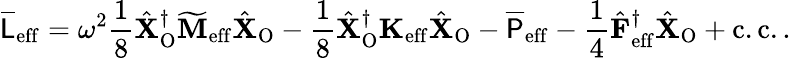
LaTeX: \overline{{\mathsf{L}}}_{\mathrm{eff}}=\omega^{2}\frac{1}{8}\hat{\mathbf{X}}_{\mathrm{O}}^{\dagger}\mathbf{\widetilde{M}}_{\mathrm{eff}}\hat{\mathbf{X}}_{\mathrm{O}}-\frac{1}{8}\hat{\mathbf{X}}_{\mathrm{O}}^{\dagger}\mathbf{K}_{\mathrm{eff}}\hat{\mathbf{X}}_{\mathrm{O}}-\overline{{\mathsf{P}}}_{\mathrm{eff}}-\frac{1}{4}\hat{\mathbf{F}}_{\mathrm{eff}}^{\dagger}\hat{\mathbf{X}}_{\mathrm{O}}+\mathrm{c.c.}\, .